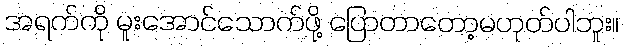
အရက်ကို မူးအောင်သောက်ဖို့ ပြောတာတော့မဟုတ်ပါဘူး။